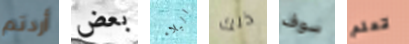
أردتم بعض البلاء ذلك سوف تعلم